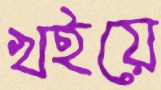
খইয়ে